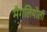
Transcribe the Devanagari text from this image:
मैगलियोली